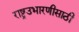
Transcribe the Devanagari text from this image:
राष्ट्रउभारणीसाठी